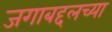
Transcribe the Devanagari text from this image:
जगाबद्दलच्या